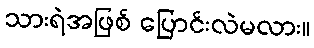
သားရဲအဖြစ် ပြောင်းလဲမလား။